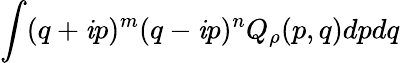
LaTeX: \int(q+\mathit{i}p)^{m}(q-\mathit{i}p)^{n}Q_{\rho}(p,q)dpdq